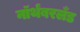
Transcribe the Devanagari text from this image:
नॉर्थंबरलँड